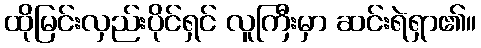
ထိုမြင်းလှည်းပိုင်ရှင် လူကြီးမှာ ဆင်းရဲရှာ၏။